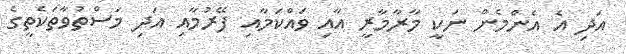
އަދި އެ އެންމެން ނަކީ މާރާމާރީ އާއި ވައްކަމާއި ފޭރުމާއި އަދި މަސްތުވާތަކެތީގެ